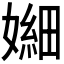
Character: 𫱫